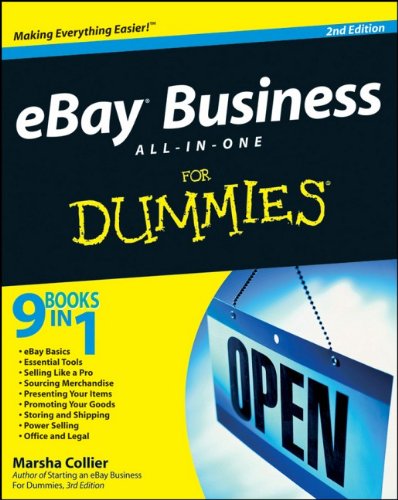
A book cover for eBay Business All-in-One For Dummies; Marsha Collier; Computers & Technology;